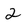
Character: 2